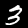
Digit: 3